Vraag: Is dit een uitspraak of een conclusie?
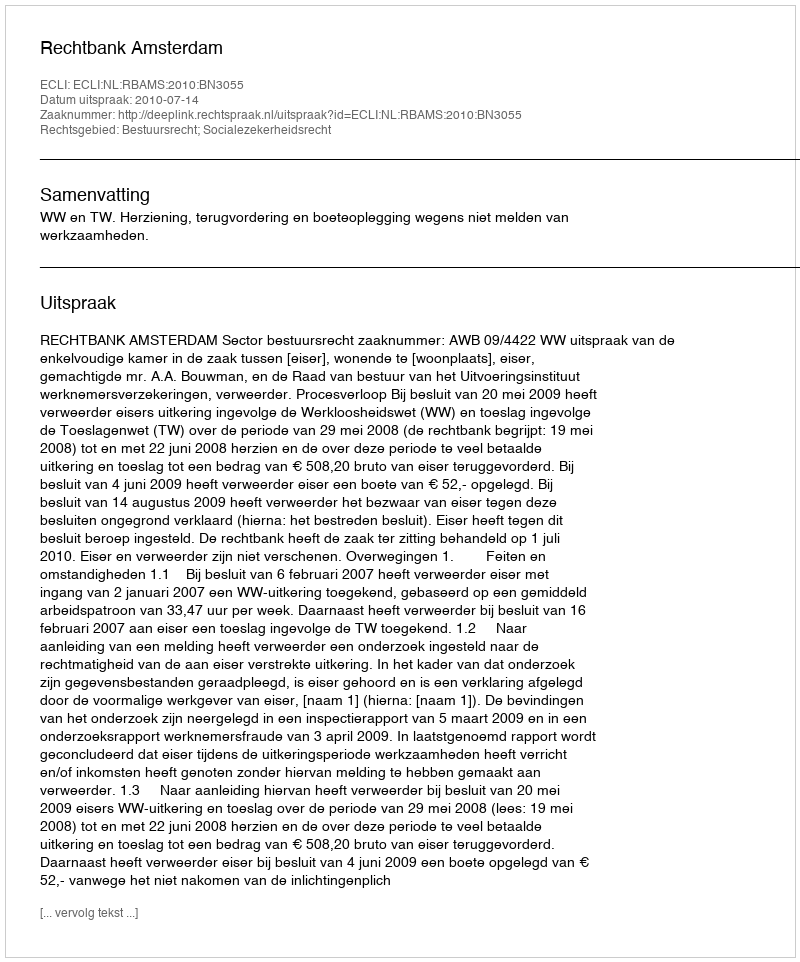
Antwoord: Uitspraak